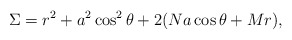
\begin{align*}\Sigma=r^2+a^2\cos^2\theta+2(Na\cos\theta+Mr),\end{align*}